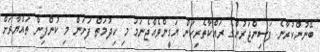
ބޭނުންކުރާނެ ފަސިންޖަރުންގެ ރައްކާތެރިކަން ޔަގީންވެއްޖެނަމަ މި ހިދުމަތް ފަށަން މި ކުންފިން ތައްޔާރަށް